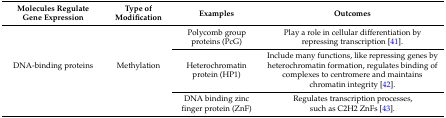
<table><thead><tr><td><b>Molecules Regulate Gene Expression</b></td><td><b>Type of Modification</b></td><td><b>Examples</b></td><td><b>Outcomes</b></td></tr></thead><tbody><tr><td rowspan="3">DNA-binding proteins</td><td rowspan="3">Methylation</td><td>Polycomb group proteins (PcG)</td><td>Play a role in cellular differentiation by repressing transcription [41].</td></tr><tr><td>Heterochromatin protein (HP1)</td><td>Include many functions, like repressing genes by heterochromatin formation, regulates binding of complexes to centromere and maintains chromatin integrity [42].</td></tr><tr><td>DNA binding zinc finger protein (ZnF)</td><td>Regulates transcription processes, such as C2H2 ZnFs [43].</td></tr></tbody></table>